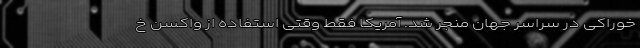
خوراکی در سراسر جهان منجر شد. آمریکا فقط وقتی استفاده از واکسنِ خ